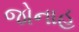
જોનાહ